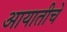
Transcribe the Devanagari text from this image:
आयातीचे